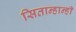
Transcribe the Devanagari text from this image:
सितान्हान्ही